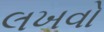
લખવો